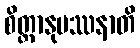
စိတ္တာနုပဿနာတိ